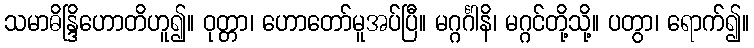
သမာဓိန္ဒြိဟောတိဟူ၍။ ဝုတ္တာ၊ ဟောတော်မူအပ်ပြီ။ မဂ္ဂင်္ဂါနိ၊ မဂ္ဂင်တို့သို့။ ပတွာ၊ ရောက်၍။